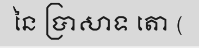
នៃ ប្រាសាទ តោ (